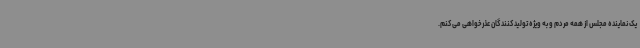
یک نماینده مجلس از همه مردم و به ویژه تولیدکنندگان عذرخواهی می‌کنم.